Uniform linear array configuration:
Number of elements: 4
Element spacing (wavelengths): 0.25
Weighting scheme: hann
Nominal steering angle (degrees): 0
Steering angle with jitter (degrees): -0.6718
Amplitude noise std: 0.05
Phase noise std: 0.05

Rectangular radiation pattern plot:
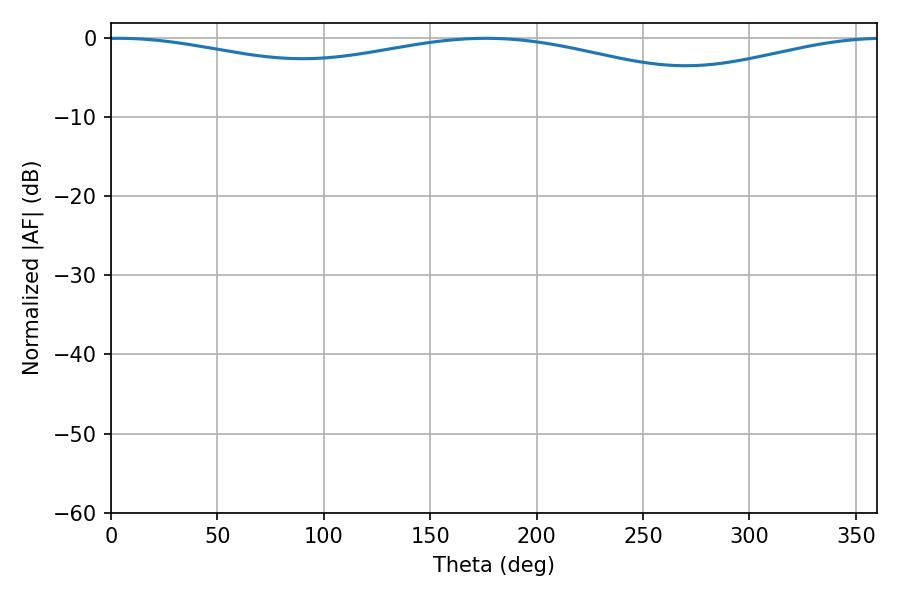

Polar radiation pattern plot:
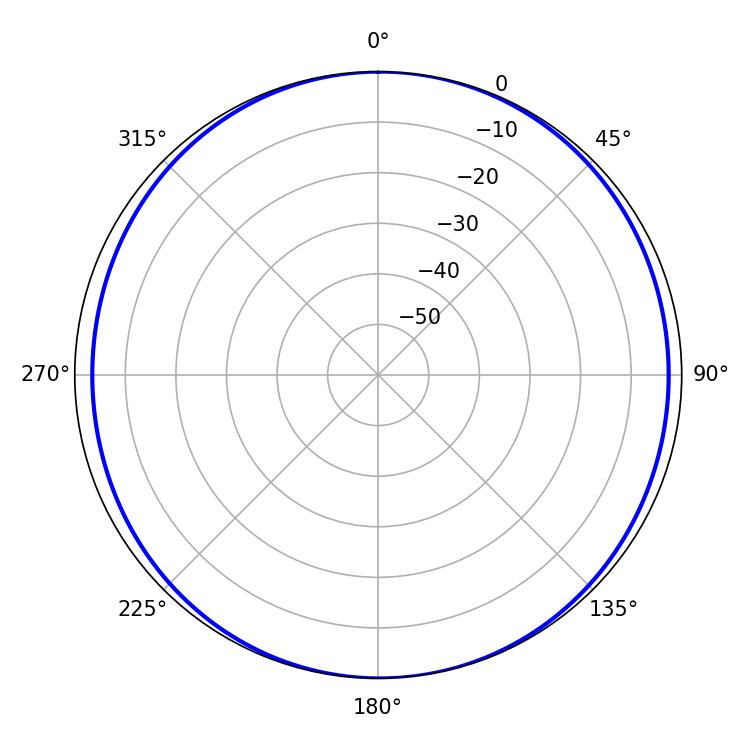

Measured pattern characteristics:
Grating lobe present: FALSE
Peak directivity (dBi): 10.404
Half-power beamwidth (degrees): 249.3
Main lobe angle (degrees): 3.78